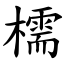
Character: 檽